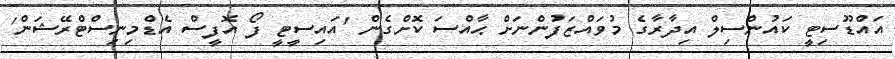
އައްޑޫސިޓީ ކައުންސިލް އިދާރާގެ މުވައްޒަފުންނަށް ޙާއްސަ ކޮށްގެން 'އައިސީޓީ ފޯ އޮފީސް އެޑްމިނިސްޓްރޭޝަން'